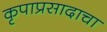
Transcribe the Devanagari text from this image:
कृपाप्रसादाचा